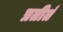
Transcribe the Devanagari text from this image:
प्रतीतं